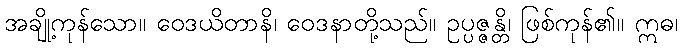
အချို့ကုန်သော။ ဝေဒယိတာနိ၊ ဝေဒနာတို့သည်။ ဥပ္ပဇ္ဇန္တိ၊ ဖြစ်ကုန်၏။ ဣဓ၊